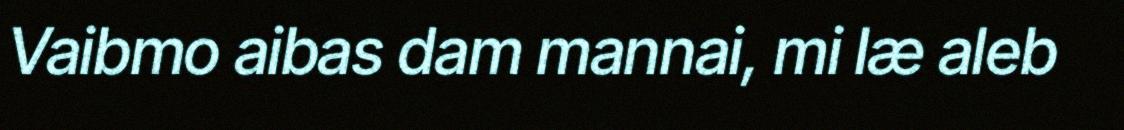
Vaibmo aibas dam mannai, mi læ aleb